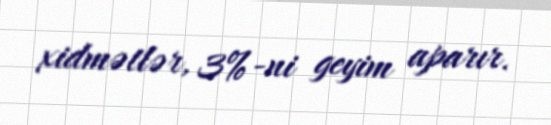
xidmətlər, 3%-ni geyim aparır.